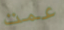
عمت